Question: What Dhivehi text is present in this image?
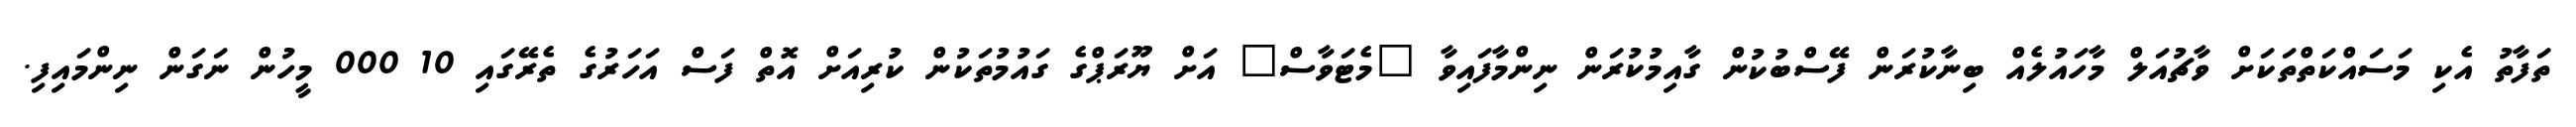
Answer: ތަފާތު އެކި މަސައްކަތްތަކަށް ވާޗުއަލް މާހައުލެއް ބިނާކުރަން ފޭސްބުކުން ގާއިމުކުރަން ނިންމާފައިވާ "މެޓަވާސް" އަށް ޔޫރަޕްގެ ގައުމުތަކުން ކުރިއަށް އޮތް ފަސް އަހަރުގެ ތެރޭގައި 10 000 މީހުން ނަގަން ނިންމައިފި.